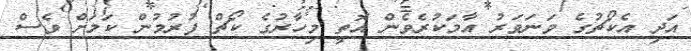
އަދި އެކޯޗުގެ ވަނަވަރު އާމަކުރެވެން އޮތީ މިހާރުގެ ކޯޗް ފުރުމުން ކަމަށް ވެސް